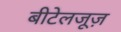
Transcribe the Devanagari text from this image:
बीटेलजूज़